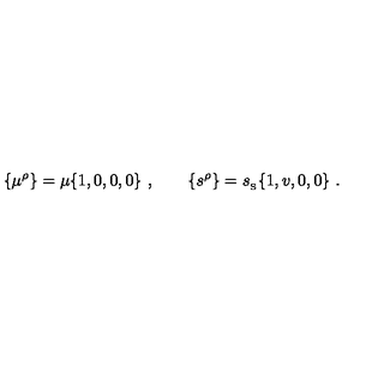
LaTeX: \{ \mu ^ { \rho } \} = \mu \{ 1 , 0 , 0 , 0 \} \ , \qquad \{ s ^ { \rho } \} = { s _ { _ \mathrm { S } } } \{ 1 , v , 0 , 0 \} \ .